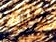
كرات